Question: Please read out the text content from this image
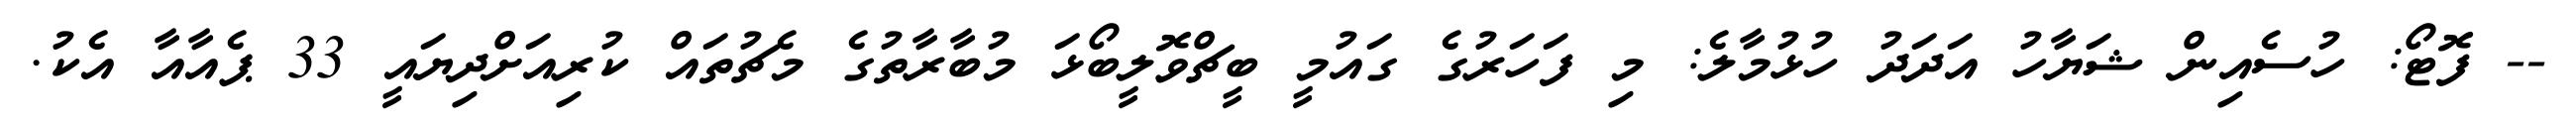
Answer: -- ފޮޓޯ: ހުސެއިން ޝަޔާހު އަދަދު ހުޅުމާލެ: މި ފަހަރުގެ ގައުމީ ބީޗްވޮލީބޯޅަ މުބާރާތުގެ މެޗުތައް ކުރިއަށްދިޔައީ 33 ޕެއާއާ އެކު.